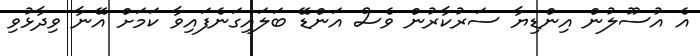
އެ އުސޫލުން އިންޑިޔާ ސަރުކާރުން ވެސް އަންޑޭ ބަލައިގަނެފައިވާ ކަމަށް އޭނާ ވިދާޅުވި